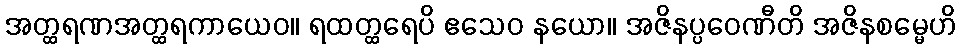
အတ္ထရဏအတ္ထရကာယေဝ။ ရထတ္ထရေပိ ဧသေဝ နယော။ အဇိနပ္ပဝေဏီတိ အဇိနစမ္မေဟိ